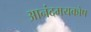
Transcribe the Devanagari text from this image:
आनंदमयकोष